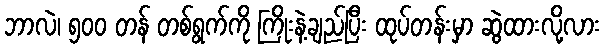
ဘာလဲ၊ ၅၀၀ တန် တစ်ရွက်ကို ကြိုးနဲ့ချည်ပြီး ထုပ်တန်းမှာ ဆွဲထားလို့လား